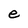
Character: e